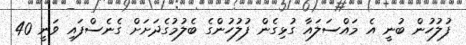
ފުލުހުން ބުނީ އެ މައްސަލައާ ގުޅިގެން ފުލުހުންގެ ބެލުމުގެދަށަށް ގެނެސްފައި ވަނީ 40